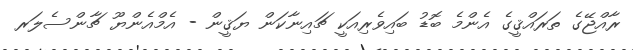
ރާއްޖޭގެ ތަރައްޤީގެ އެންމެ ބޮޑު ބައިވެރިއަކީ ޗައިނާކަން ޔަޤީން - އެމްއެންޔޫ ޗާންސެލަރ